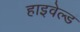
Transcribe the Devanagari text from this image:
हाइवेल्ड